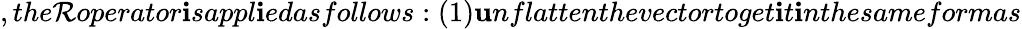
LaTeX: ,the\mathcal{R}operator\mathbf{i}sappl\mathbf{i}edasfollows:(1)\mathbf{u}nflattenthevectortoget\mathbf{i}t\mathbf{i}nthesameformas